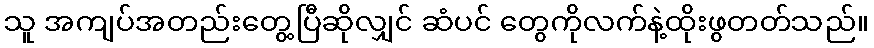
သူ အကျပ်အတည်းတွေ့ပြီဆိုလျှင် ဆံပင် တွေကိုလက်နဲ့ထိုးဖွတတ်သည်။